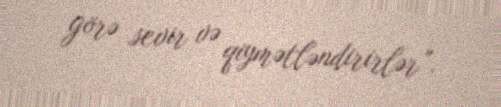
görə sevir və qiymətləndirirlər”.